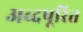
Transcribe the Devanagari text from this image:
अब्दपूरित